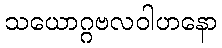
သယောဂ္ဂဗလဝါဟနော